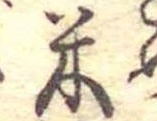
米